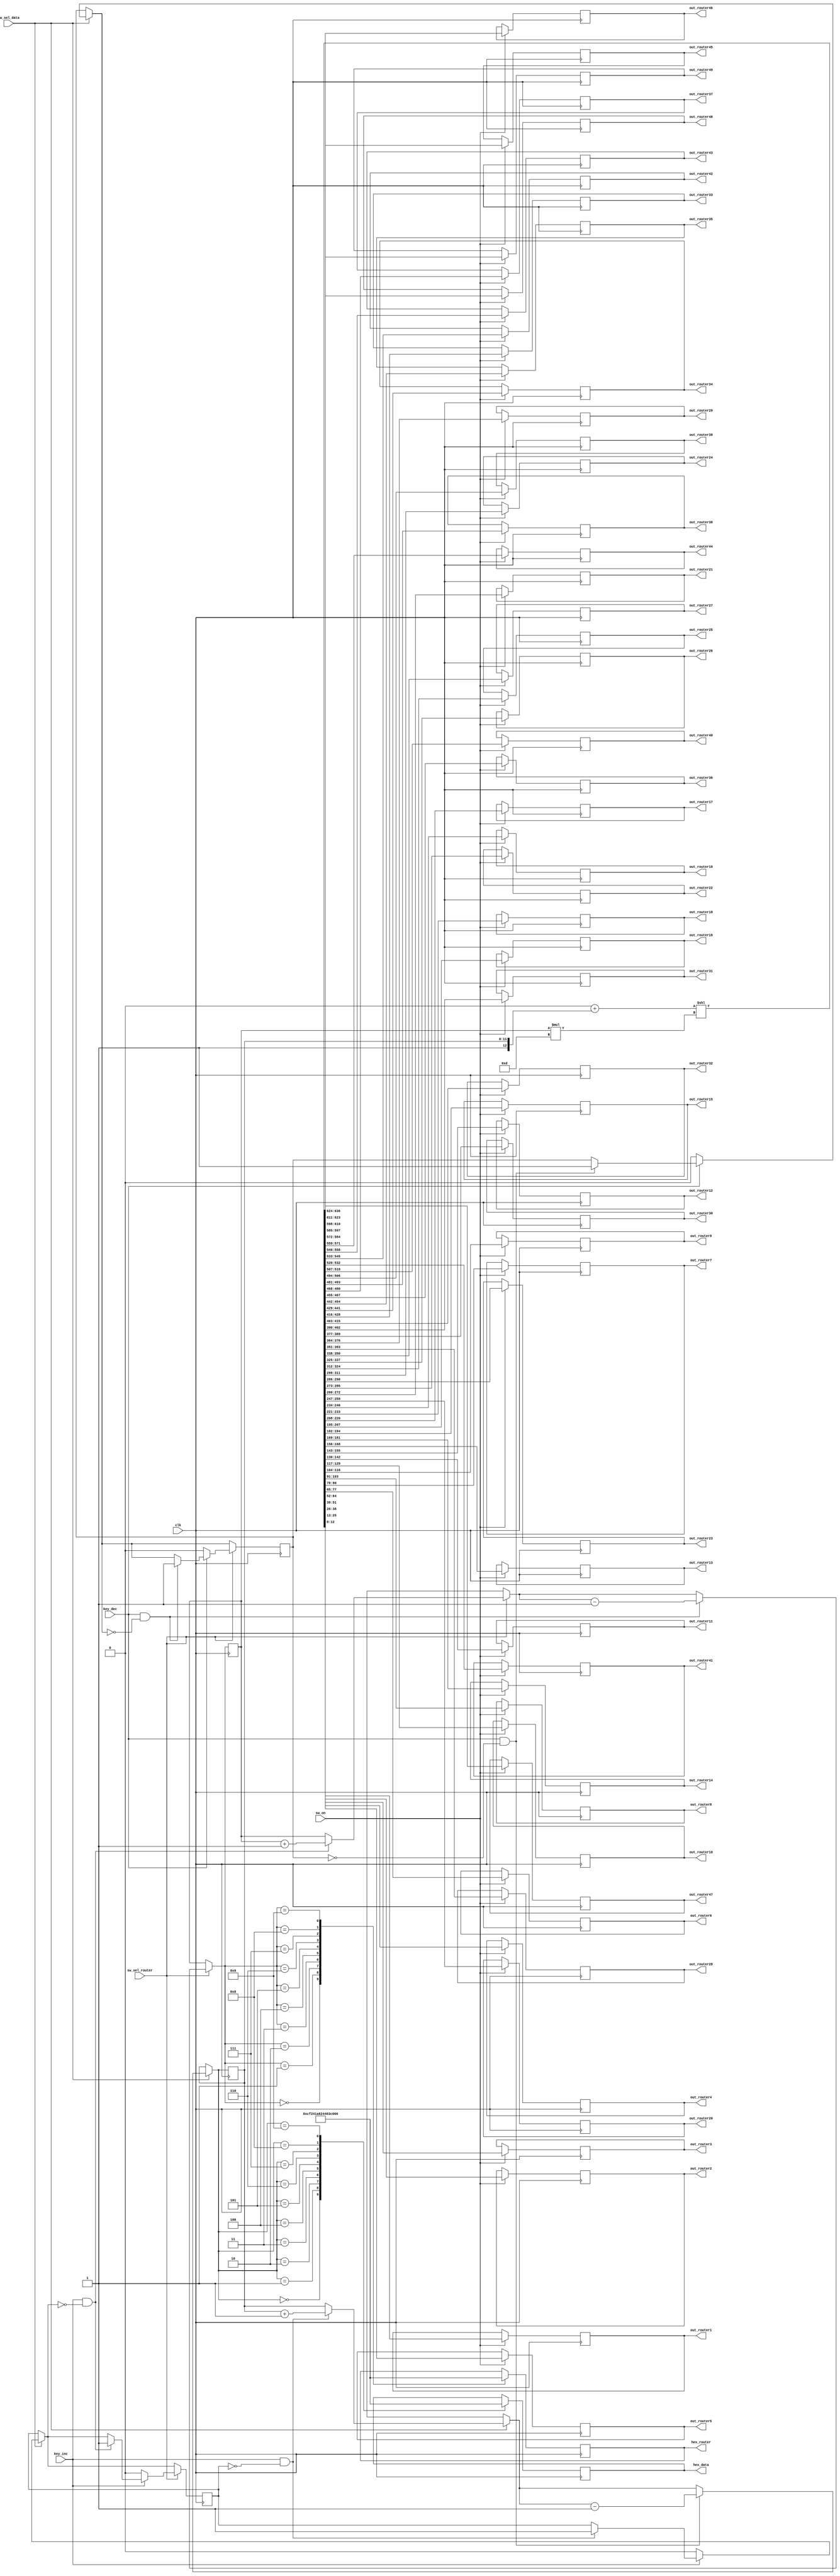
`define N 7		/*        */
`define N2 13   /*       - 1     K*2      (      )*/
`define K 6		//  1   N
`define BIT 6	//         ,  25   5

module select_data_49(
	clk,
	sw_on,			//       
	sw_sel_data,	//   
	sw_sel_router,	//       
	key_inc,			//   
	key_dec,			//   
	
	out_router1,	//     .
	out_router2,	//        
	out_router3,
	out_router4,
	out_router5,
	out_router6,
	out_router7,
	out_router8,
	out_router9,
	out_router10,
	out_router11,
	out_router12,
	out_router13,
	out_router14,
	out_router15,
	out_router16,
	out_router17,
	out_router18,
	out_router19,
	out_router20,
	out_router21,
	out_router22,
	out_router23,
	out_router24,
	out_router25,
	out_router26,
	out_router27,
	out_router28,
	out_router29,
	out_router30,
	out_router31,
	out_router32,
	out_router33,
	out_router34,
	out_router35,
	out_router36,
	out_router37,
	out_router38,
	out_router39,
	out_router40,
	out_router41,
	out_router42,
	out_router43,
	out_router44,
	out_router45,
	out_router46,
	out_router47,
	out_router48,
	out_router49,
	
	
	hex_data,
	hex_router
	
);
	input clk;
	input sw_on;
	input sw_sel_data;
	input sw_sel_router;
	input key_inc;
	input key_dec;
	
	output reg[`N2-1:0] out_router1;
	output reg[`N2-1:0] out_router2;
	output reg[`N2-1:0] out_router3;
	output reg[`N2-1:0] out_router4;
	output reg[`N2-1:0] out_router5;
	output reg[`N2-1:0] out_router6;
	output reg[`N2-1:0] out_router7;
	output reg[`N2-1:0] out_router8;
	output reg[`N2-1:0] out_router9;
	output reg[`N2-1:0] out_router10;
	output reg[`N2-1:0] out_router11;
	output reg[`N2-1:0] out_router12;
	output reg[`N2-1:0] out_router13;
	output reg[`N2-1:0] out_router14;
	output reg[`N2-1:0] out_router15;
	output reg[`N2-1:0] out_router16;
	output reg[`N2-1:0] out_router17;
	output reg[`N2-1:0] out_router18;
	output reg[`N2-1:0] out_router19;
	output reg[`N2-1:0] out_router20;
	output reg[`N2-1:0] out_router21;
	output reg[`N2-1:0] out_router22;
	output reg[`N2-1:0] out_router23;
	output reg[`N2-1:0] out_router24;
	output reg[`N2-1:0] out_router25;
	output reg[`N2-1:0] out_router26;
	output reg[`N2-1:0] out_router27;
	output reg[`N2-1:0] out_router28;
	output reg[`N2-1:0] out_router29;
	output reg[`N2-1:0] out_router30;
	output reg[`N2-1:0] out_router31;
	output reg[`N2-1:0] out_router32;
	output reg[`N2-1:0] out_router33;
	output reg[`N2-1:0] out_router34;
	output reg[`N2-1:0] out_router35;
	output reg[`N2-1:0] out_router36;
	output reg[`N2-1:0] out_router37;
	output reg[`N2-1:0] out_router38;
	output reg[`N2-1:0] out_router39;
	output reg[`N2-1:0] out_router40;
	output reg[`N2-1:0] out_router41;
	output reg[`N2-1:0] out_router42;
	output reg[`N2-1:0] out_router43;
	output reg[`N2-1:0] out_router44;
	output reg[`N2-1:0] out_router45;
	output reg[`N2-1:0] out_router46;
	output reg[`N2-1:0] out_router47;
	output reg[`N2-1:0] out_router48;
	output reg[`N2-1:0] out_router49;
	
	output reg[6:0] hex_data;
	output reg[6:0] hex_router;
	
	reg[`N2-2:0] data = `K'b00000;
	reg[`N2-2:0] router = `BIT'b00000;
	reg flag_key_inc = 1'b0;
	reg flag_key_dec = 1'b0;
	
	reg[948:0] out_to_router;  //    N*  
	
	always@(posedge clk)
	begin
		if(sw_on == 1'b1)
		begin
			out_to_router = (637'b0 + {1'b1, data}) << router*`N2;
			
			out_router1 = out_to_router[12:0];
out_router2 = out_to_router[25:13];
out_router3 = out_to_router[38:26];
out_router4 = out_to_router[51:39];
out_router5 = out_to_router[64:52];
out_router6 = out_to_router[77:65];
out_router7 = out_to_router[90:78];
out_router8 = out_to_router[103:91];
out_router9 = out_to_router[116:104];
out_router10 = out_to_router[129:117];
out_router11 = out_to_router[142:130];
out_router12 = out_to_router[155:143];
out_router13 = out_to_router[168:156];
out_router14 = out_to_router[181:169];
out_router15 = out_to_router[194:182];
out_router16 = out_to_router[207:195];
out_router17 = out_to_router[220:208];
out_router18 = out_to_router[233:221];
out_router19 = out_to_router[246:234];
out_router20 = out_to_router[259:247];
out_router21 = out_to_router[272:260];
out_router22 = out_to_router[285:273];
out_router23 = out_to_router[298:286];
out_router24 = out_to_router[311:299];
out_router25 = out_to_router[324:312];
out_router26 = out_to_router[337:325];
out_router27 = out_to_router[350:338];
out_router28 = out_to_router[363:351];
out_router29 = out_to_router[376:364];
out_router30 = out_to_router[389:377];
out_router31 = out_to_router[402:390];
out_router32 = out_to_router[415:403];
out_router33 = out_to_router[428:416];
out_router34 = out_to_router[441:429];
out_router35 = out_to_router[454:442];
out_router36 = out_to_router[467:455];
out_router37 = out_to_router[480:468];
out_router38 = out_to_router[493:481];
out_router39 = out_to_router[506:494];
out_router40 = out_to_router[519:507];
out_router41 = out_to_router[532:520];
out_router42 = out_to_router[545:533];
out_router43 = out_to_router[558:546];
out_router44 = out_to_router[571:559];
out_router45 = out_to_router[584:572];
out_router46 = out_to_router[597:585];
out_router47 = out_to_router[610:598];
out_router48 = out_to_router[623:611];
out_router49 = out_to_router[636:624];


		end
		else
		begin
			out_to_router = 637'b0;
		end
		
		if(sw_sel_data == 1'b1)
		begin
			if(key_inc == 1'b1 && flag_key_inc == 1'b0)
			begin
				data = data + 1'b1;
				flag_key_inc = 1'b1;
			end
			if(key_inc == 1'b0)
			begin
				flag_key_inc = 1'b0;
			end
			if(key_dec == 1'b1 && flag_key_dec == 1'b0)
			begin
				data = data - 1'b1;
				flag_key_dec = 1'b1;
			end
			if(key_dec == 1'b0)
			begin
				flag_key_dec = 1'b0;
			end
		end
		
		if(sw_sel_router == 1'b1)
		begin
			if(key_inc == 1'b1 && flag_key_inc == 1'b0)
			begin
				router = router + 1'b1;
				flag_key_inc = 1'b1;
			end
			if(key_inc == 1'b0)
			begin
				flag_key_inc = 1'b0;
			end
			if(key_dec == 1'b1 && flag_key_dec == 1'b0)
			begin
				router = router - 1'b1;
				flag_key_dec = 1'b1;
			end
			if(key_dec == 1'b0)
			begin
				flag_key_dec = 1'b0;
			end
		end

//================================================================================
//================================================================================
		case(data)
			5'b00000:
				hex_data = ~7'b1111110;		//0
			5'b00001:
				hex_data = ~7'b0110000;		//1
			5'b00010:
				hex_data = ~7'b1101101;		//2
			5'b00011:
				hex_data = ~7'b1111001;		//3
			5'b00100:
				hex_data = ~7'b0110011;		//4
			5'b00101:
				hex_data = ~7'b1011011;		//5
			5'b00110:
				hex_data = ~7'b1011111;		//6
			5'b00111:
				hex_data = ~7'b1110000;		//7
			5'b01000:
				hex_data = ~7'b1111111;		//8
			5'b01001:
				hex_data = ~7'b1111011;		//9
		endcase
		
		case(router)
			5'b00000:
				hex_router = ~7'b1111110;	//0
			5'b00001:
				hex_router = ~7'b0110000;	//1
			5'b00010:
				hex_router = ~7'b1101101;	//2
			5'b00011:
				hex_router = ~7'b1111001;	//3
			5'b00100:
				hex_router = ~7'b0110011;	//4
			5'b00101:
				hex_router = ~7'b1011011;	//5
			5'b00110:
				hex_router = ~7'b1011111;	//6
			5'b00111:
				hex_router = ~7'b1110000;	//7
			5'b01000:
				hex_router = ~7'b1111111;	//8
			5'b01001:
				hex_router = ~7'b1111011;	//9
		endcase
	end
	
endmodule